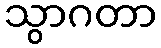
သွာဂတာ